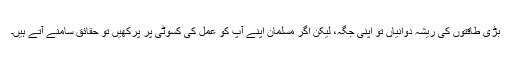
بڑی طاقتوں کی ریشہ دوانیاں تو اپنی جگہ، لیکن اگر مسلمان اپنے آپ کو عمل کی کسوٹی پر پرکھیں تو حقائق سامنے آتے ہیں۔